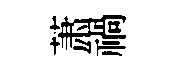
萧禍